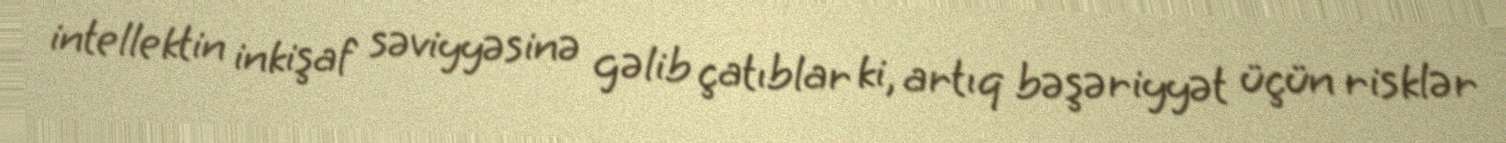
intellektin inkişaf səviyyəsinə gəlib çatıblar ki, artıq bəşəriyyət üçün risklər